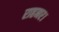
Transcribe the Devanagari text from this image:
राहनर।